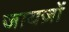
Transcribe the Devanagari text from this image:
जायज़ों